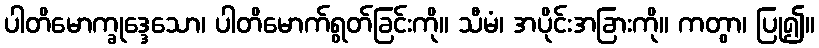
ပါတိမောက္ခုဒ္ဒေသော၊ ပါတိမောက်ရွတ်ခြင်းကို။ သီမံ၊ အပိုင်းအခြားကို။ ကတွာ၊ ပြု၍။